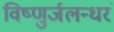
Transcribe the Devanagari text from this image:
विष्णुर्जलन्धरं